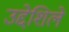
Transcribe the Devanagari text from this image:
उद्देशिले